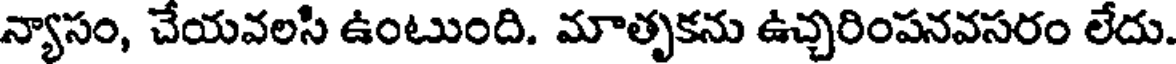
న్యాసం, చేయవలసి ఉంటుంది. మాతృకను ఉచ్చరింపనవసరం లేదు.